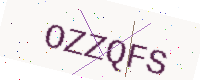
Text: OZZQFS